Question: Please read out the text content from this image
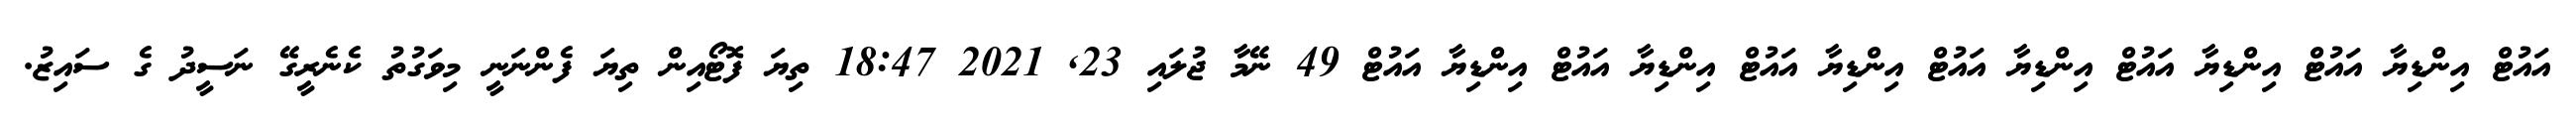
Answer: އައުޓް އިންޑިޔާ އައުޓް އިންޑިޔާ އައުޓް އިންޑިޔާ އައުޓް އިންޑިޔާ އައުޓް އިންޑިޔާ އައުޓް އިންޑިޔާ އައުޓް 49 ނޭމާ ޖުލައި 23, 2021 18:47 ތިޔަ ފޮޓޯއިން ތިޔަ ފެންނަނީ މިވަގުތު ކެނެރީގޭ ނަސީދު ގެ ސައިޒު.